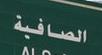
الصافية